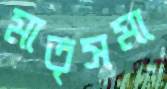
মাতৃসমা